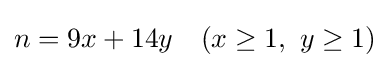
n=9x+14y\quad (x\geq 1,\ y\geq 1)